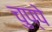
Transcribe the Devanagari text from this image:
चुप्पे